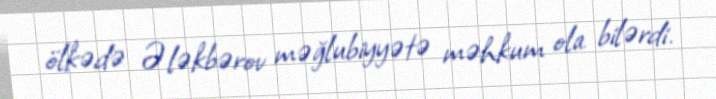
ölkədə Ələkbərov məğlubiyyətə məhkum ola bilərdi.